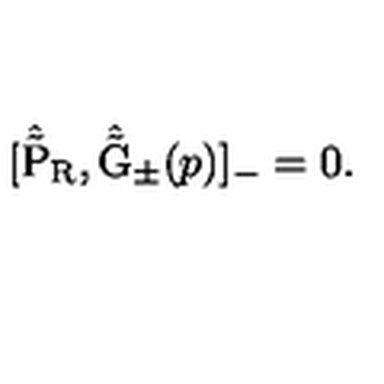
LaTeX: [ \hat { \tilde { \mathrm { P } } } _ { \mathrm { R } } , \hat { \tilde { \mathrm { G } } } _ { \pm } ( p ) ] _ { - } = 0 .